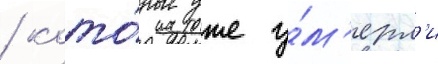
/ кото́рые уже у́м'ерл'и